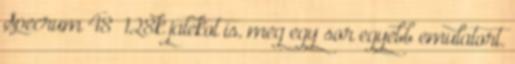
Specrum 48 128k jatekot is, meg egy sor egyebb emulatort.